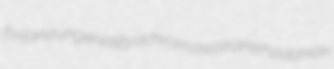
forlana ungeniality achromasia transrhodanian